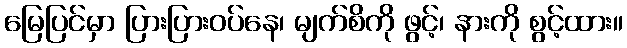
မြေပြင်မှာ ပြားပြားဝပ်နေ၊ မျက်စိကို ဖွင့်၊ နားကို စွင့်ထား။